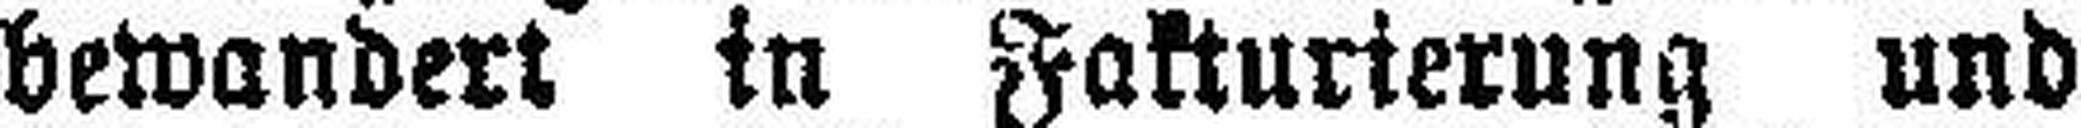
bewandert in Fakturierung und